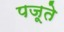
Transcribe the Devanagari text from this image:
पजूते